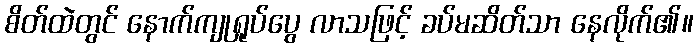
စိတ်ထဲတွင် နောက်ကျုရှုပ်ပွေ လာသဖြင့် ခပ်မဆိတ်သာ နေလိုက်၏။